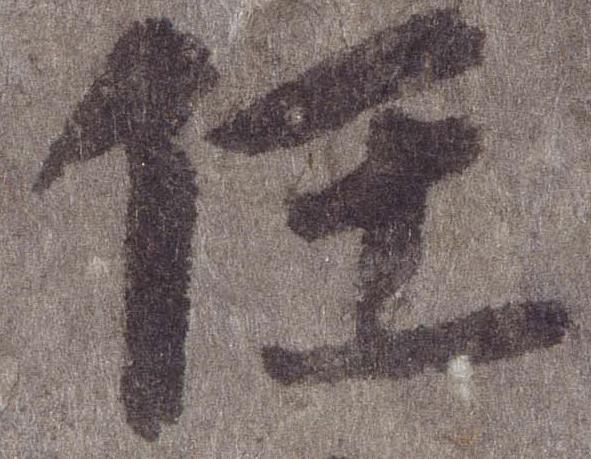
任